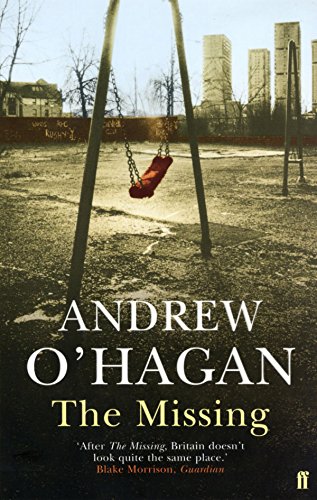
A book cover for The Missing; Andrew O'Hagan; Health, Fitness & Dieting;